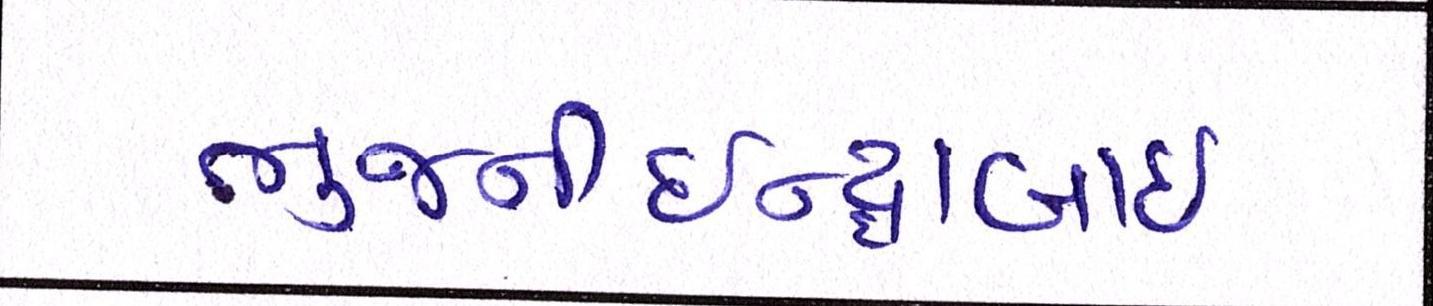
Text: ભુજનીઇન્દ્રાબાઇ